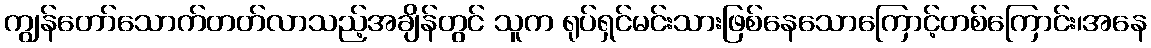
ကျွန်တော်သောက်တတ်လာသည့်အချိန်တွင် သူက ရုပ်ရှင်မင်းသားဖြစ်နေသောကြောင့်တစ်ကြောင်း၊အနေ